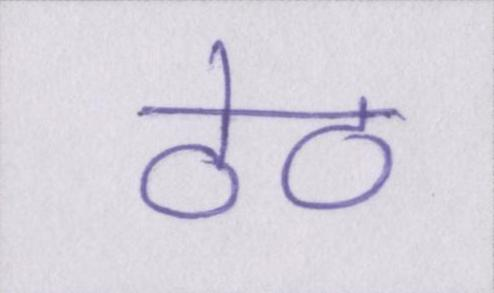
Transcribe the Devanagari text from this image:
ठेठ